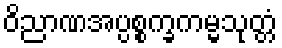
ဝိညာဏအပ္ပစ္စက္ခကမ္မသုတ္တံ